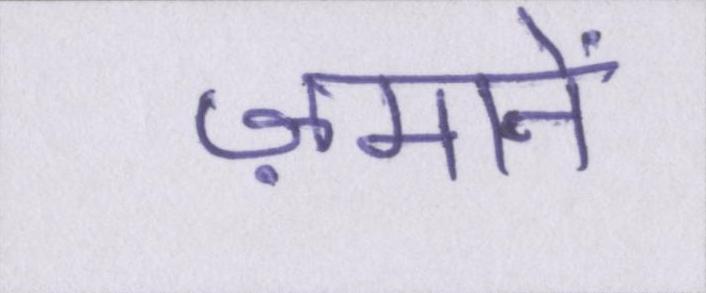
ज़मानें